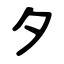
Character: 夕